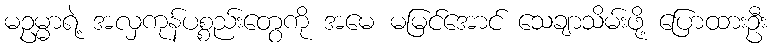
မဥမ္မာရဲ့ အလှကုန်ပစ္စည်းတွေကို အမေ မမြင်အောင် သေချာသိမ်းဖို့ ပြောထားဦး